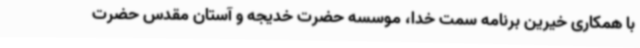
با همکاری خیرین برنامه سمت خدا، موسسه حضرت خدیجه و آستان مقدس حضرت